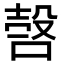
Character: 𣪥